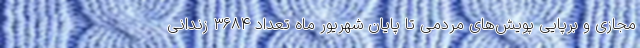
مجازی و برپایی پویش‌های مردمی تا پایان شهریور ماه تعداد ۳۶۸۴ زندانی